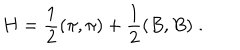
LaTeX: H = \frac { 1 } { 2 } ( \pi , \pi ) + \frac { 1 } { 2 } ( B , B ) \; .